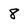
Character: 8